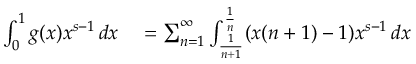
\begin{array} { r l } { \int _ { 0 } ^ { 1 } g ( x ) x ^ { s - 1 } \, d x } & { { } = \sum _ { n = 1 } ^ { \infty } \int _ { \frac { 1 } { n + 1 } } ^ { \frac { 1 } { n } } ( x ( n + 1 ) - 1 ) x ^ { s - 1 } \, d x } \end{array}